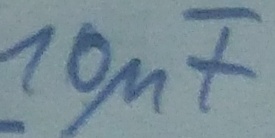
Text: 10µF